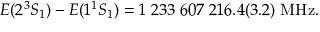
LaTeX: E ( 2 ^ { 3 } S _ { 1 } ) - E ( 1 ^ { 1 } S _ { 1 } ) = 1 \; 2 3 3 \; 6 0 7 \; 2 1 6 . 4 ( 3 . 2 ) \; \mathrm { M H z } .